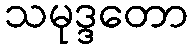
သမုဒ္ဒတော